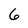
Character: 6